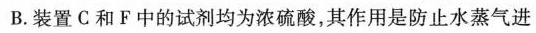
B.装置C和F中的试剂均为浓硫酸，其作用是防止水蒸气进